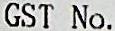
GST NO.